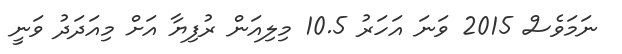
ނަމަވެސް 2015 ވަނަ އަހަރު 10.5 މިލިއަން ރުފިޔާ އަށް މިއަދަދު ވަނީ